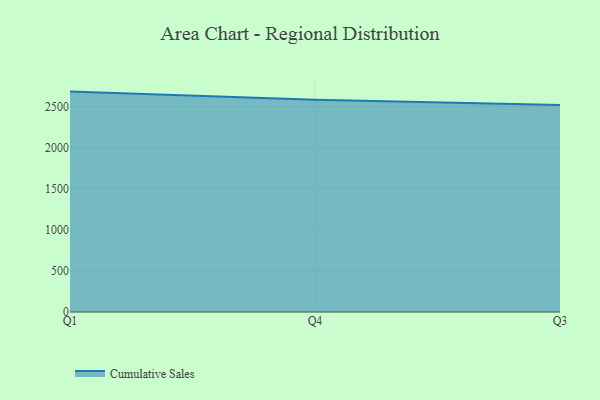
{"axis": {"x": "Quarter", "y": "Demand Index"}, "legend": ["Cumulative Sales"], "data": [{"x": "Q1", "y": 2681.5, "type": "Cumulative Sales"}, {"x": "Q4", "y": 2582.7, "type": "Cumulative Sales"}, {"x": "Q3", "y": 2519.3, "type": "Cumulative Sales"}]}